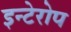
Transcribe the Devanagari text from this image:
इन्टेरोप